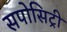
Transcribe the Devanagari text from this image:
सपोसिट्री